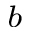
^ b